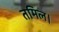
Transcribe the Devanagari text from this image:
तमिल।